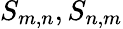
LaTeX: S_{m,n},S_{n,m}